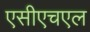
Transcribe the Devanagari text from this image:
एसीएचएल